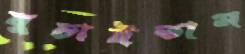
ঘুচাইতাম